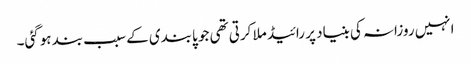
انہیں روزانہ کی بنیاد پر رائیڈ ملا کرتی تھی جو پابندی کے سبب بند ہوگئی۔